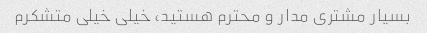
بسیار مشتری مدار و محترم هستید، خیلی خیلی متشکرم